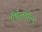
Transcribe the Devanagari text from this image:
ऍथेलवोल्ड